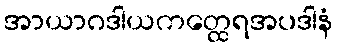
အာယာဂဒါယကတ္ထေရအပဒါနံ